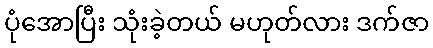
ပုံအောပြီး သုံးခဲ့တယ် မဟုတ်လား ဒက်ဇာ